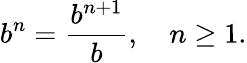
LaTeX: b^{n}={\frac{b^{n+1}}{b}},\quad n\geq 1.